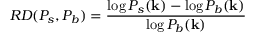
R D ( P _ { s } , P _ { b } ) = \frac { \log { P _ { s } ( \mathbf { k } ) } - \log { P _ { b } ( \mathbf { k } ) } } { \log { P _ { b } ( \mathbf { k } ) } }